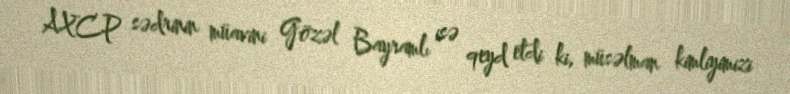
AXCP sədrinin müavini Gözəl Bayramlı isə qeyd etdi ki, müsəlman kimliyimizi